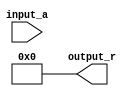
module BitwiseReciprocal #(
    parameter N = 16, // Bit-width of the input and output
    parameter MAX_ITER = 10 // Maximum number of iterations for convergence
)(
    input wire [N-1:0] input_a, // Input value (non-zero positive)
    output reg [N-1:0] output_r // Output reciprocal
);

    reg [N-1:0] estimate; // Current estimate of the reciprocal
    reg [N-1:0] product; // Product of estimate and input_a
    integer iter; // Iteration counter

    always @(*) begin
        // Initialize the estimate to 2^N
        estimate = 1 << N; // 2^N
        iter = 0;

        // Iterative approximation
        for (iter = 0; iter < MAX_ITER; iter = iter + 1) begin
            // Calculate product of estimate and input_a
            product = estimate * input_a;

            // Check if product is greater than or less than 2^N
            if (product > (1 << N)) begin
                // If product is greater, shift right (divide by 2)
                estimate = estimate >> 1;
            end else begin
                // If product is less than or equal, shift left (multiply by 2)
                estimate = estimate + (estimate >> 1);
            end
        end

        // Finalize the output
        output_r = estimate;
    end

endmodule